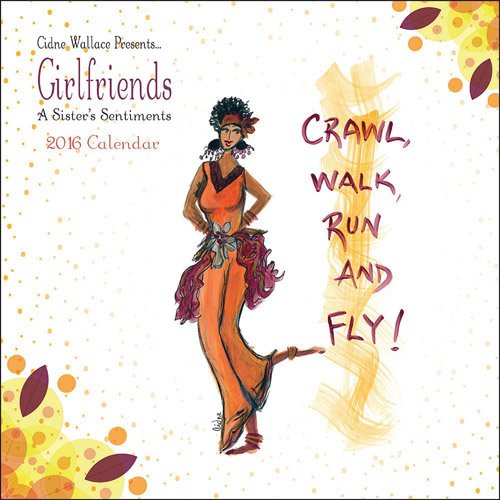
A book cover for Girlfriends 2016 Calendar: A Sistah's Sentiments; Calendars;